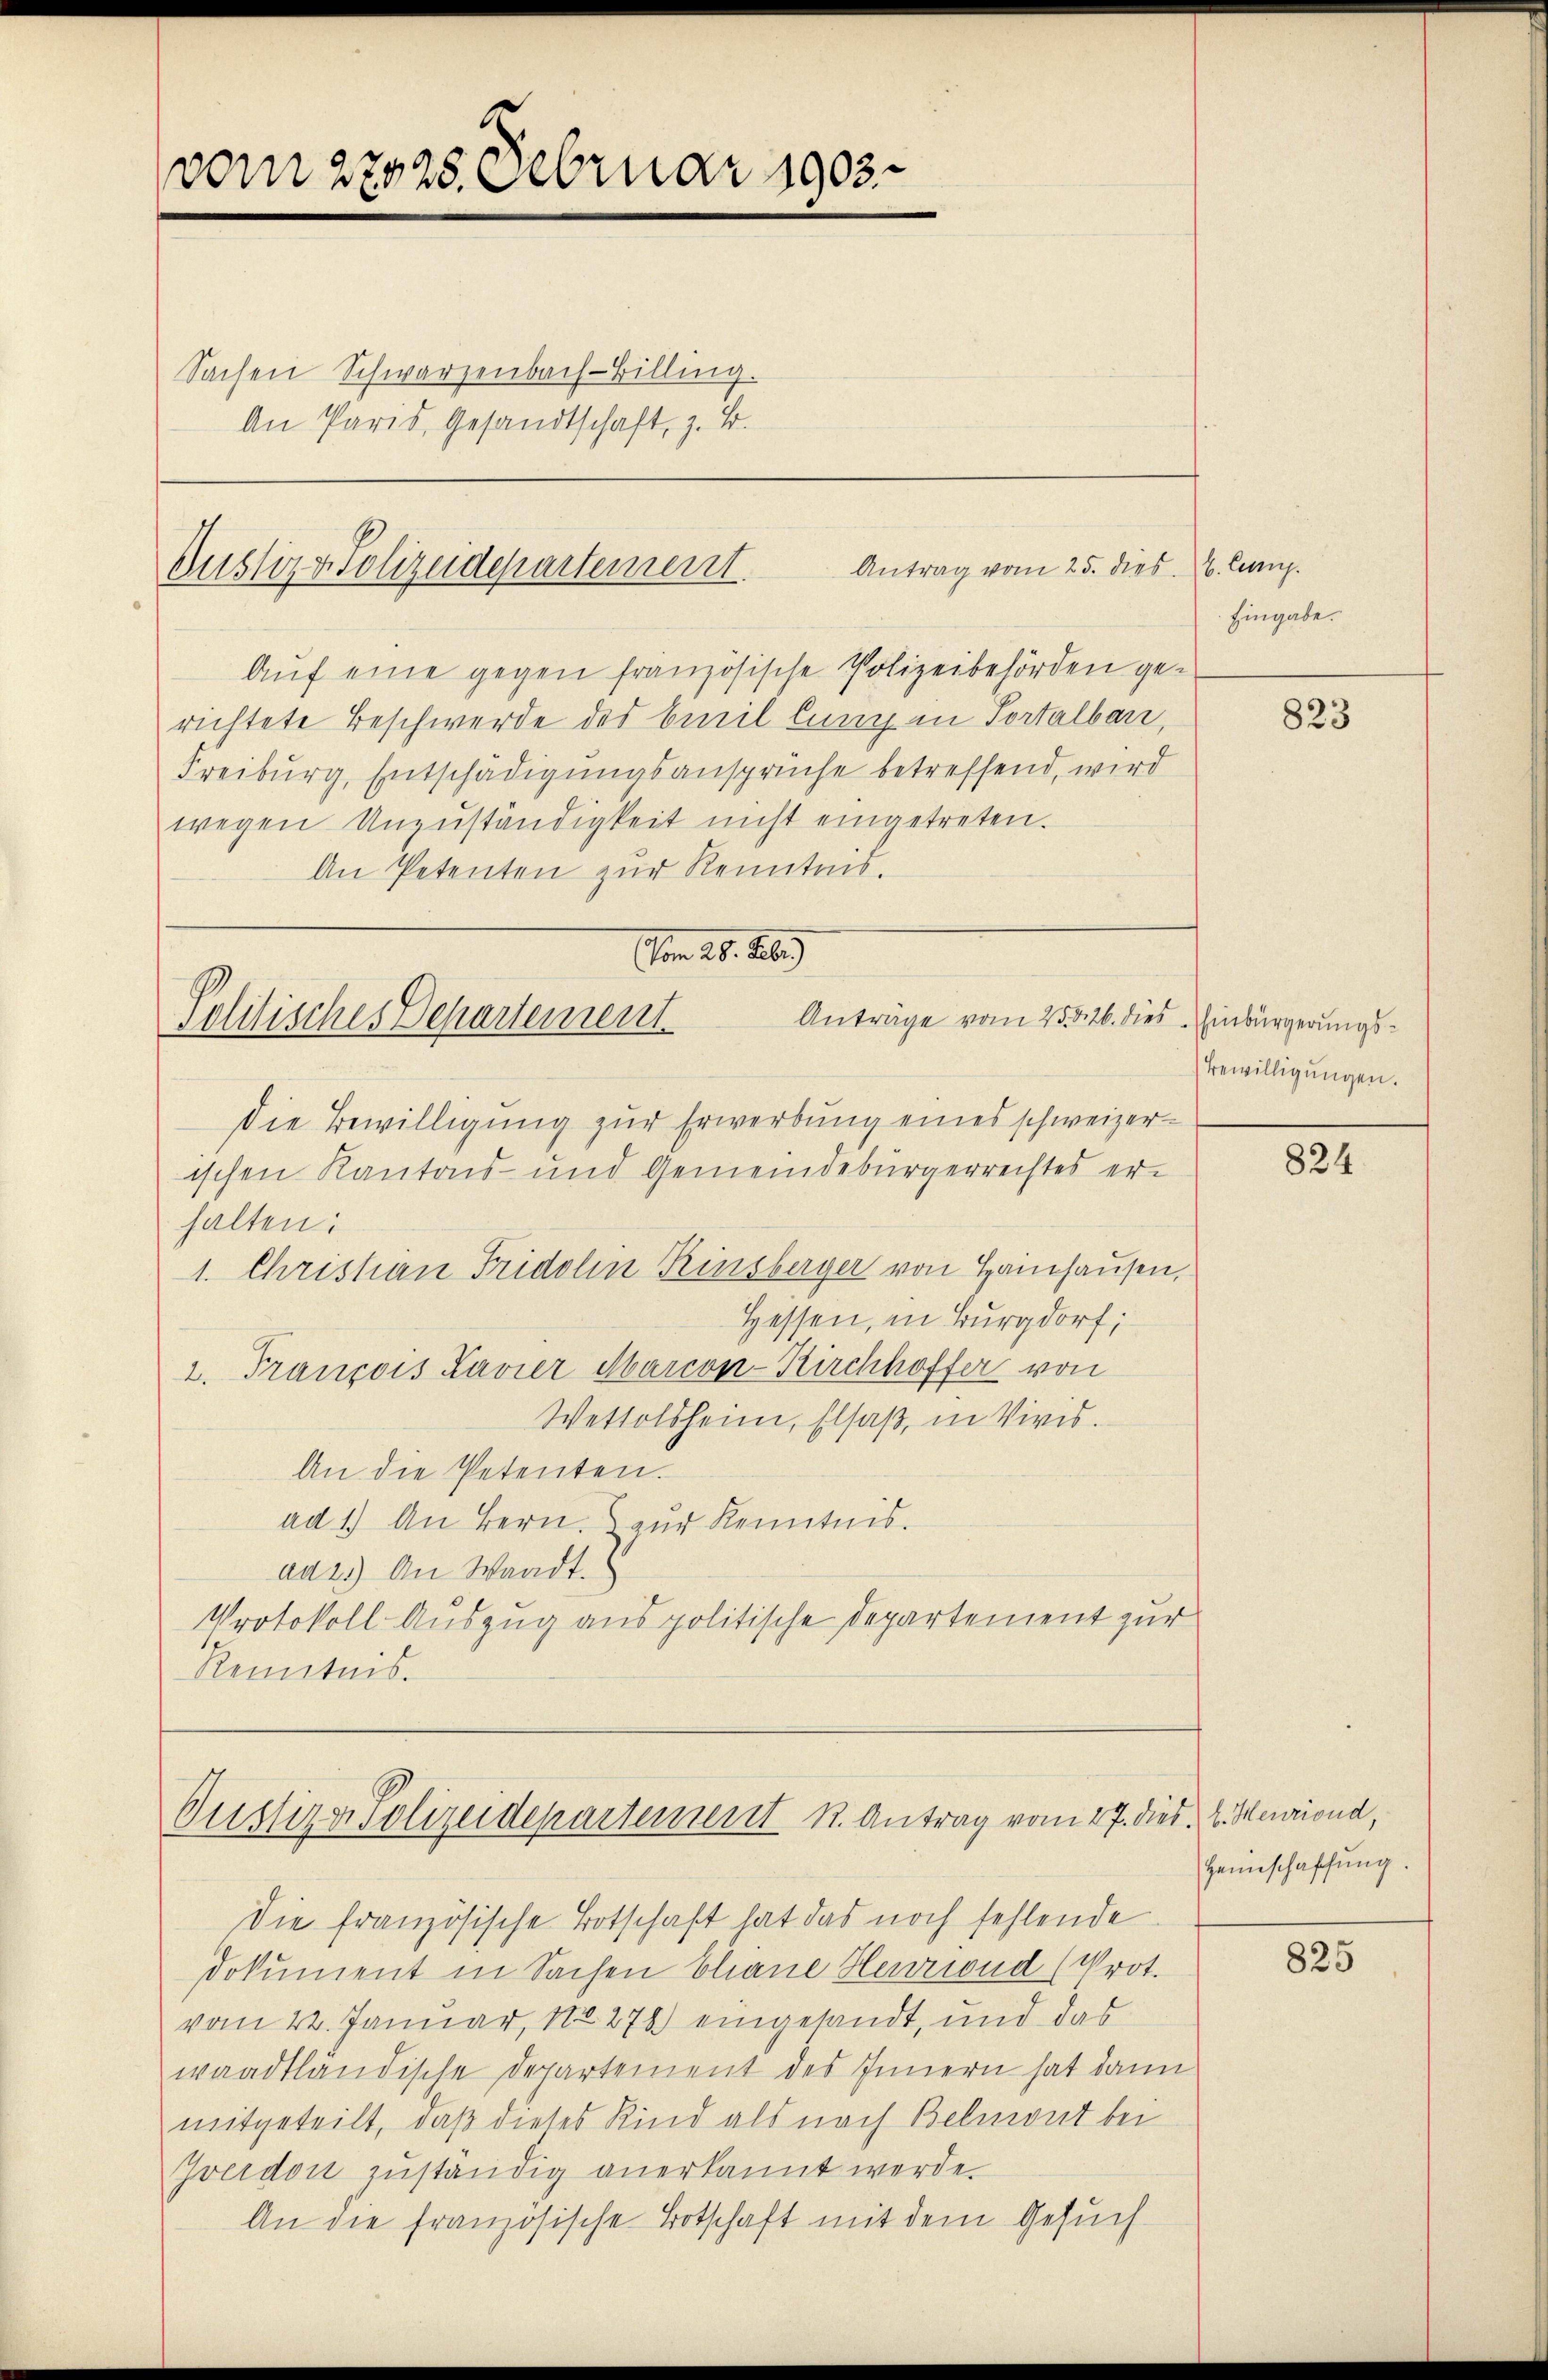
vom 22428. Februar 1903.

Sachen Schwarzenbach-Billing.
An Paris, Gesandtschaft, z. B.

Antrag vom 25. dies. 16. Jun.
Justiz & Polizeidepartement.

Aŭf eine gegen französische Polizeibehörden gerichtete Beschwerde des Civil lung in Portalban,
Freiburg, Entschädigungsansprüche betreffend, wird
wegen Unzuständigkeit nicht eingetreten.
An Petenten zur Kenntnis.

(vom 28. 826.)
Anträge vom 25. d. 26. dies hinbürgerungs¬
Politisches Departement
Die Bewilligung zur Erwerbung eines schweizerischen Kantons- und Gemeindebürgerrechtes erhalten:

Justiz- Polizeidepartement k. Antrag vom 27. dies. v. Maiond,

Hingabe.

Bewilligungen.

1. Chrishan Fridolin Rinsberger von Hainhausen,
Hessen, in Burgdorf;
2. François Lavier Marcon-Kirchhoffer von
Wettelsheim, Elsaß, in Vivis.
An die Petenten.
ad 1.) An Bern zur Kenntnis.
ad 2.) An Waadt.
Protokoll Auszug aus politische Departement zur
Kenntnis.

die französische Botschaft hat das noch fehlende
Dokument in Sachen Chane Henrind (Prot.
vom 22. Januar, No 278) eingesandt, und das
waadtländische Departement des Innern hat dann
mitgeteilt, daß dieses Kind als nach Belmont bei
Yverdon zuständig anerkannt werde.
An die französische Botschaft mit dem Gesuch

823

824

Heimschaffung.

825